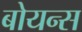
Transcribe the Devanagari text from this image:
बोयन्स